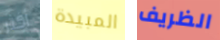
أكثر المبيدة الظريف